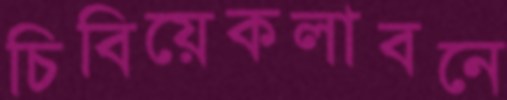
চিবিয়েকলাবনে